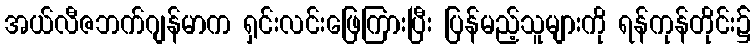
အယ်လီဇဘက်ဂျန်မာက ရှင်းလင်းဖြေကြားပြီး ပြန်မည့်သူများကို ရန်ကုန်တိုင်း၌